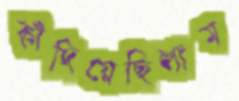
কাঁদিয়েছিলাম